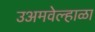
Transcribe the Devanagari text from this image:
उअमवेल्हाळा